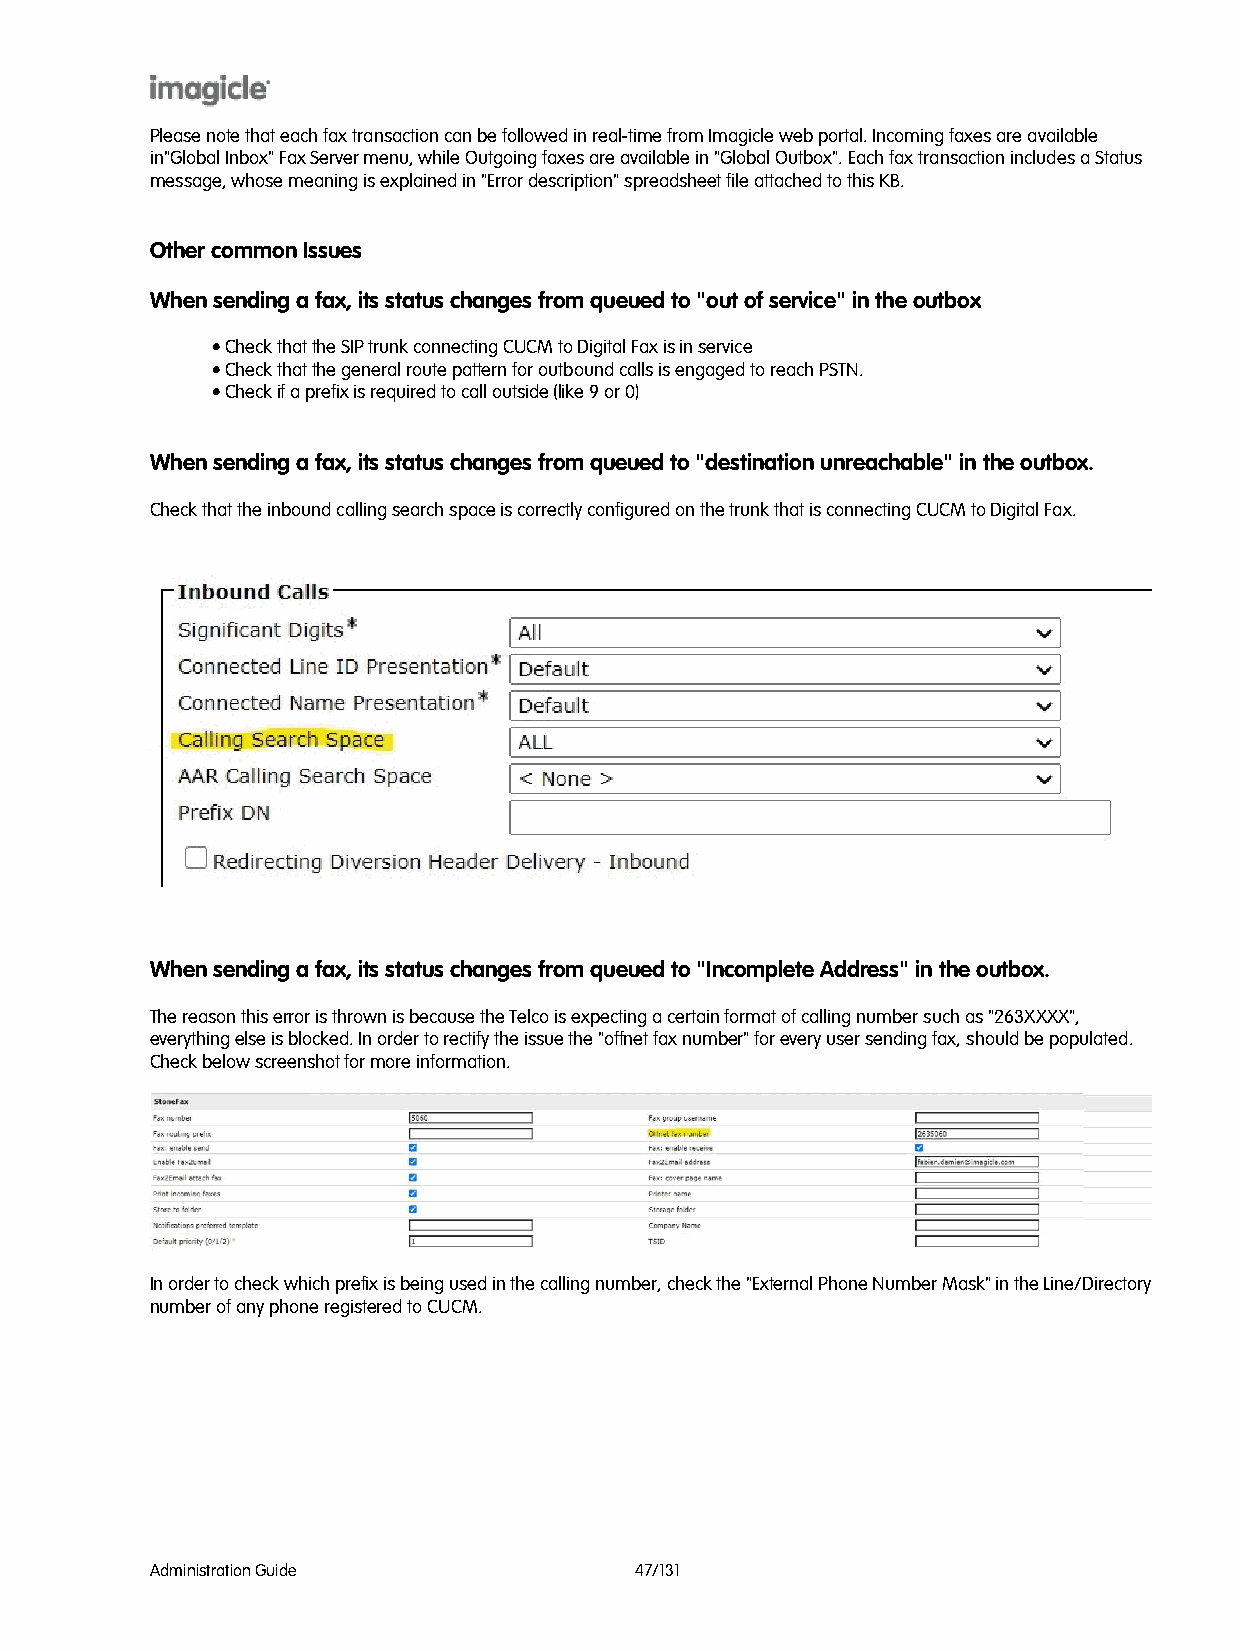
Please note that each fax transaction can be followed in real-time from Imagicle web portal. Incoming faxes are available
 in"Global Inbox" Fax Server menu, while Outgoing faxes are available in "Global Outbox". Each fax transaction includes a Status
 message, whose meaning is explained in "Error description" spreadsheet file attached to this KB.
 Other common Issues
 When sending a fax, its status changes from queued to "out of service" in the outbox
 • Check that the SIP trunk connecting CUCM to Digital Fax is in service
 • Check that the general route pattern for outbound calls is engaged to reach PSTN.
 • Check if a prefix is required to call outside (like 9 or 0)
 When sending a fax, its status changes from queued to "destination unreachable" in the outbox.
 Check that the inbound calling search space is correctly configured on the trunk that is connecting CUCM to Digital Fax.
 When sending a fax, its status changes from queued to "Incomplete Address" in the outbox.
 The reason this error is thrown is because the Telco is expecting a certain format of calling number such as "263XXXX",
 everything else is blocked. In order to rectify the issue the "offnet fax number" for every user sending fax, should be populated.
 Check below screenshot for more information.
 In order to check which prefix is being used in the calling number, check the "External Phone Number Mask" in the Line/Directory
 number of any phone registered to CUCM.
 Administration Guide            47/131